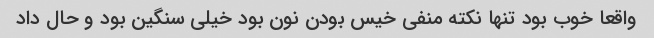
واقعا خوب بود تنها نکته منفی خیس بودن نون بود خیلی سنگین بود و حال داد